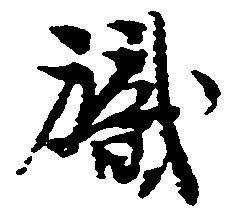
職